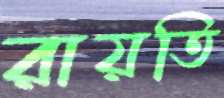
রায়তি